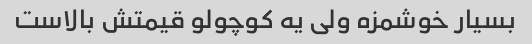
بسیار خوشمزه ولی یه کوچولو قیمتش بالاست